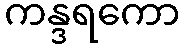
ကန္ဒရကော